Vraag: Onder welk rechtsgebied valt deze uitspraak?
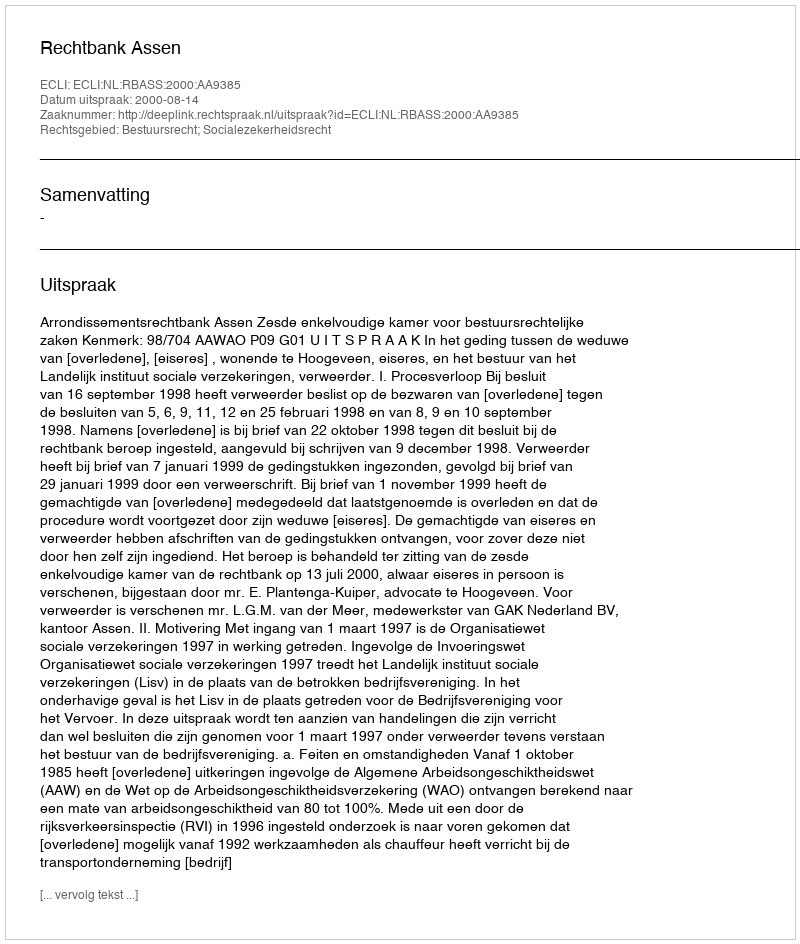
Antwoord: Bestuursrecht; Socialezekerheidsrecht